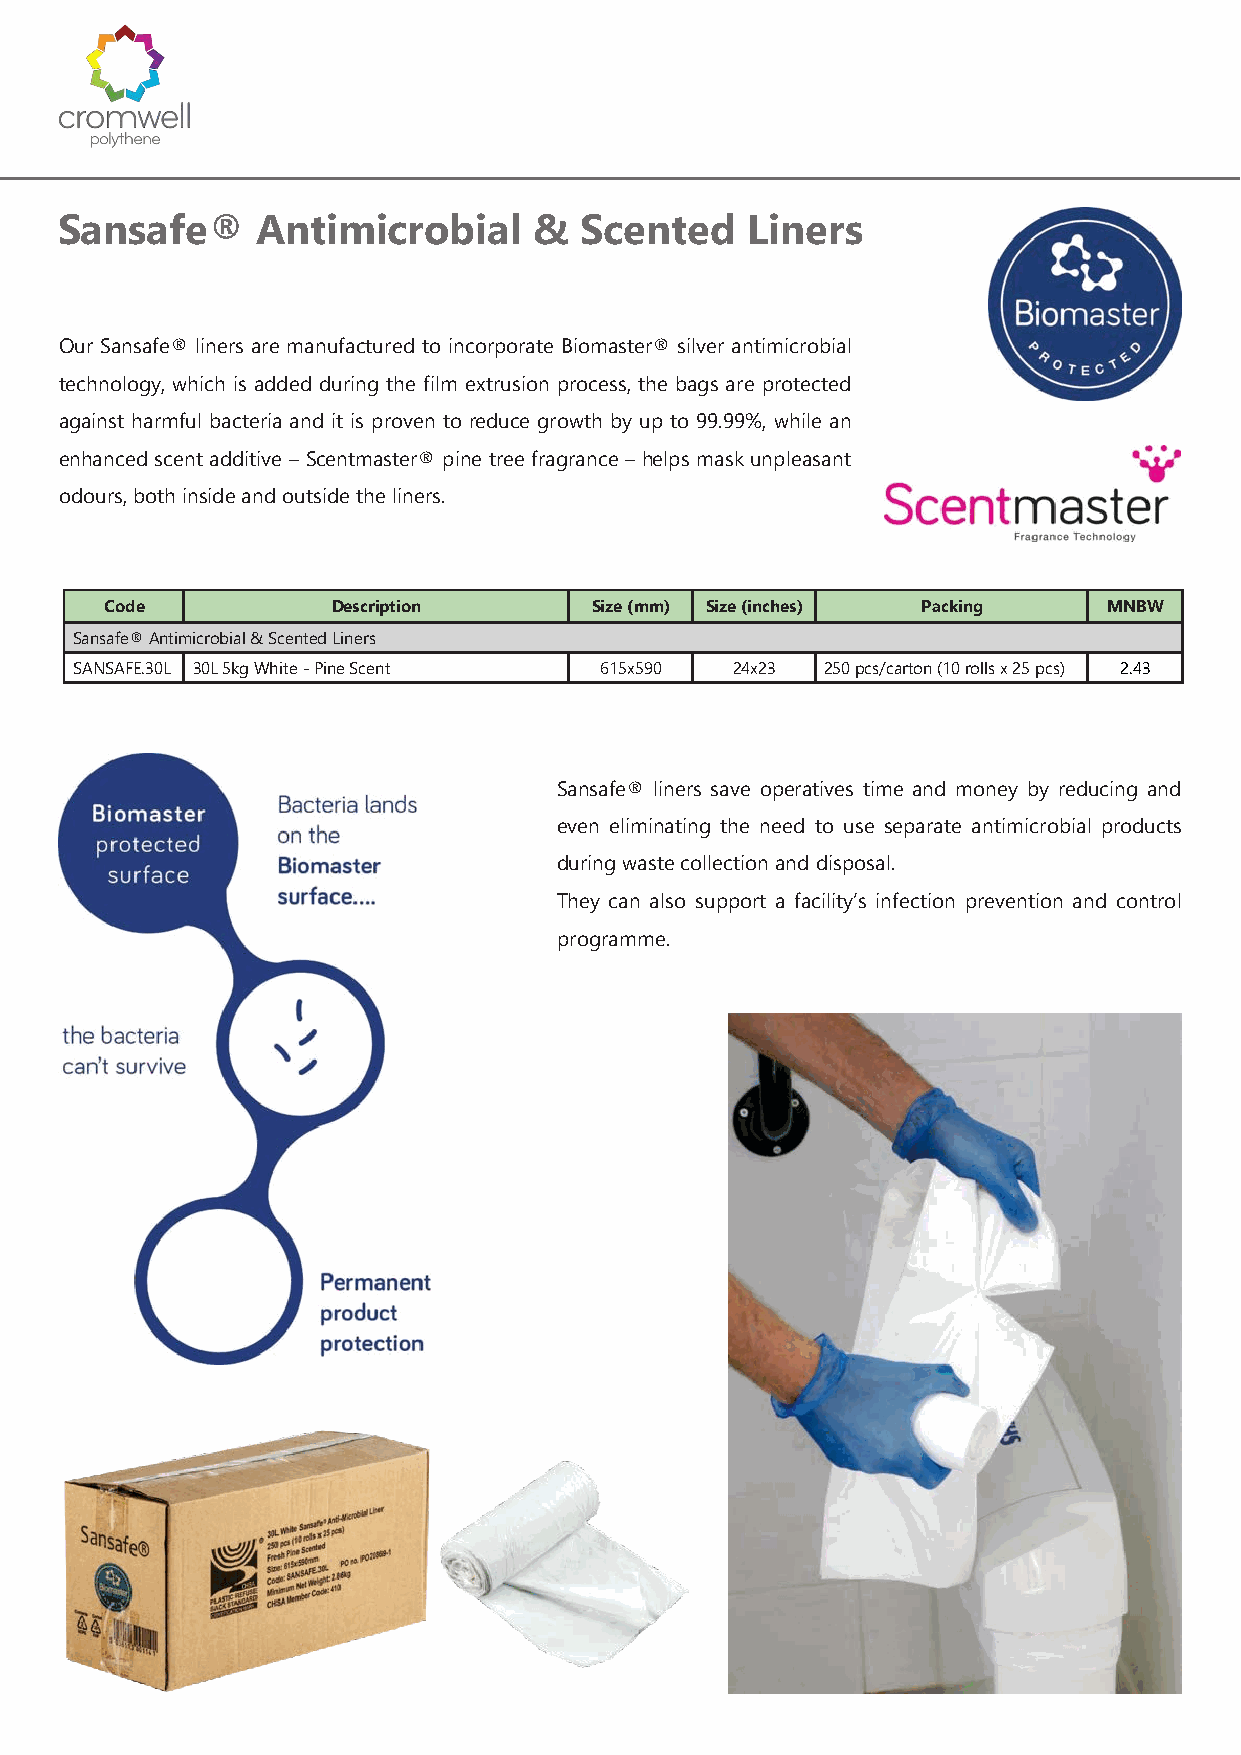
Sansafe®     Antimicrobial     &  Scented     Liners
 Our Sansafe® liners are manufactured to incorporate Biomaster® silver antimicrobial
 technology, which is added during the film extrusion process, the bags are protected
 against harmful bacteria and it is proven to reduce growth by up to 99.99%, while an
 enhanced scent additive – Scentmaster® pine tree fragrance – helps mask unpleasant
 odours, both inside and outside the liners.
 Code           Description      Size (mm) Size (inches) Packing   MNBW
 Sansafe® Antimicrobial & Scented Liners
 SANSAFE.30L 30L 5kg White - Pine Scent 615x590 24x23 250 pcs/carton (10 rolls x 25 pcs) 2.43
 Sansafe® liners save operatives time and money by reducing and
 even eliminating the need to use separate antimicrobial products
 during waste collection and disposal.
 They can also support a facility’s infection prevention and control
 programme.